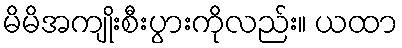
မိမိအကျိုးစီးပွားကိုလည်း။ ယထာ